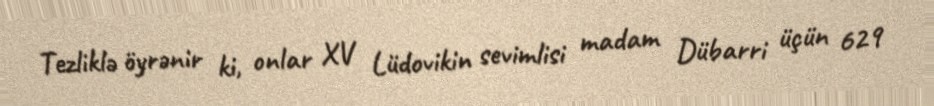
Tezliklə öyrənir ki, onlar XV Lüdovikin sevimlisi madam Dübarri üçün 629